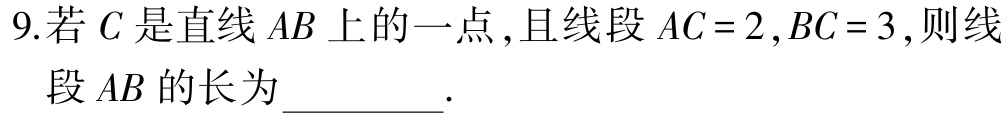
9.若\(C\)是直线\(AB\)上的一点,且线段\(AC = 2,BC = 3\),则线段\(AB\)的长为_________.